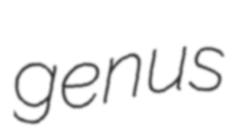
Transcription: genus